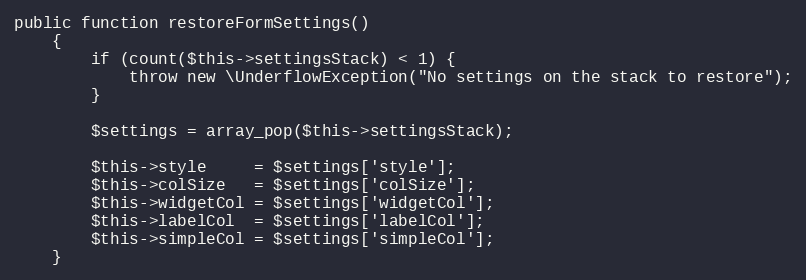
Language: PHP
public function restoreFormSettings()
    {
        if (count($this->settingsStack) < 1) {
            throw new \UnderflowException("No settings on the stack to restore");
        }

        $settings = array_pop($this->settingsStack);

        $this->style     = $settings['style'];
        $this->colSize   = $settings['colSize'];
        $this->widgetCol = $settings['widgetCol'];
        $this->labelCol  = $settings['labelCol'];
        $this->simpleCol = $settings['simpleCol'];
    }